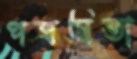
পত্রমিতা